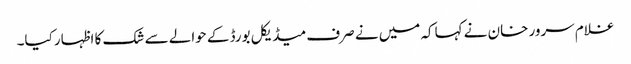
غلام سرور خان نے کہاکہ میں نے صرف میڈیکل بورڈ کے حوالے سے شک کا اظہار کیا۔